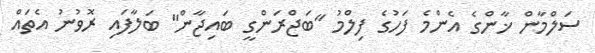
ސަލްމާން ޚާންގެ އެންމެ ފަހުގެ ފިލްމު "ބަޖްރަންގީ ބައިޖާން" ބަލާފައި ރޮވުނު އެތައް